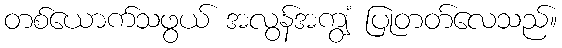
တစ်ယောက်သဖွယ် အလွန်အကျွံ ပြုတတ်လေသည်။